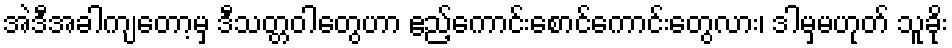
အဲဒီအခါကျတော့မှ ဒီသတ္တဝါတွေဟာ ဧည့်ကောင်းစောင်ကောင်းတွေလား၊ ဒါမှမဟုတ် သူခိုး